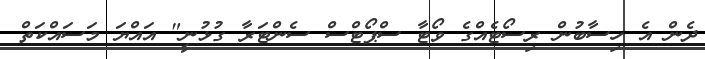
ދެން އެ ހިސާބުން ރިސޯޓެއްގެ ވޯޓާ ސްޕޯޓްސް ސެންޓަރާ ގުޅުނީ" އައްޔަ މަސައްކަތް